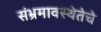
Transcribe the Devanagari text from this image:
संभ्रमावस्थेतेचे